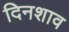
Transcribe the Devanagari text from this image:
दिनशाव